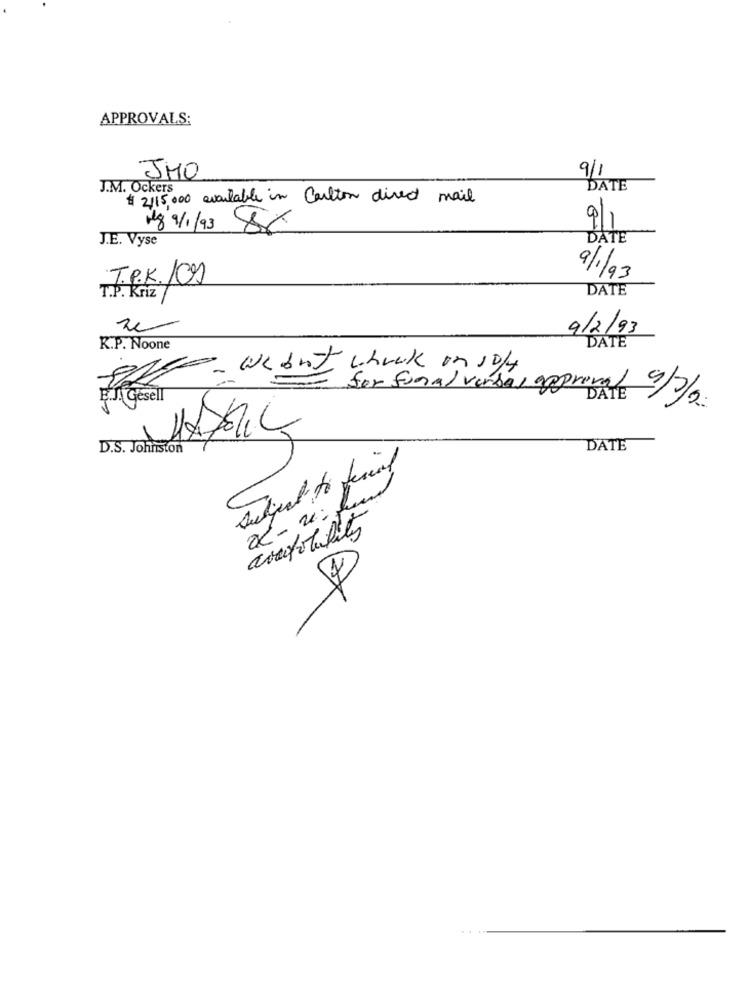
APPROVALS:
9/1
JMO
J.M. Ockers
DATE
$ 2115,000 available in Carlton direct mail
9/1
Meg 9/1/93 8%
J.E. Vyse
DATE
T.P.K.100
9/1/93
DATE
T.P. Kriz
9/2/93
DATE
K.P. Noone
we but whook on soft
for funal verbal approval 4/7/3.
D.S. Johnston
DATE
e
2